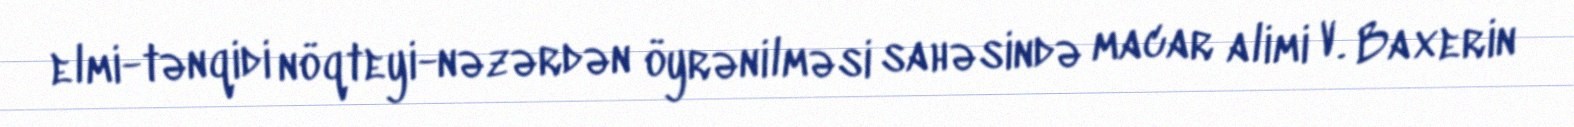
elmi-tənqidi nöqteyi-nəzərdən öyrənilməsi sahəsində macar alimi V. Baxerin